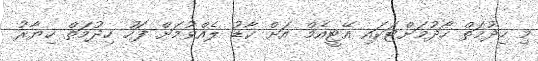
މި ހިދުމަތް ހޯދުމަށްޓަކައި އޭޓީއެމް އަށް ކާޑު ލެއްވުމަށް ފަހު ހިދުމަތް ހިޔާރު